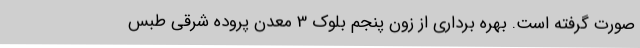
صورت گرفته است. بهره برداری از زون پنجم بلوک 3 معدن پروده شرقی طبس